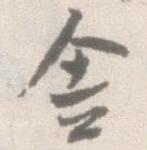
舎